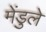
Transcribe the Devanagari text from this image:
मेंडुले